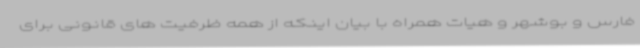
فارس و بوشهر و هیات همراه با بیان اینکه از همه ظرفیت های قانونی برای